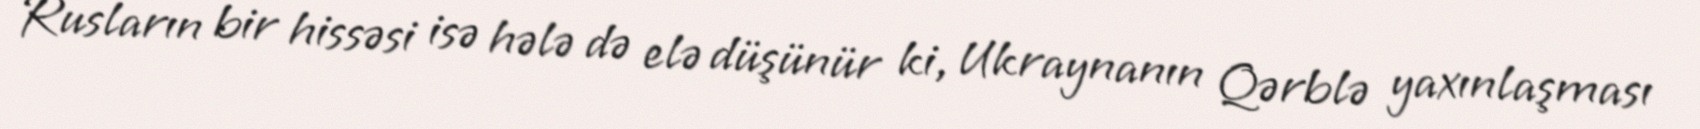
Rusların bir hissəsi isə hələ də elə düşünür ki, Ukraynanın Qərblə yaxınlaşması